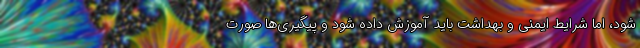
شود، اما شرایط ایمنی و بهداشت باید آموزش داده شود و پیگیری‌ها صورت